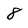
Character: 8